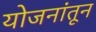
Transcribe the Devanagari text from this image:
योजनांतून